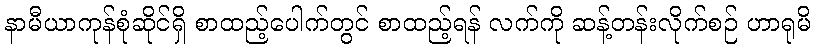
နာမီယာကုန်စုံဆိုင်ရှိ စာထည့်ပေါက်တွင် စာထည့်ရန် လက်ကို ဆန့်တန်းလိုက်စဉ် ဟာရုမိ